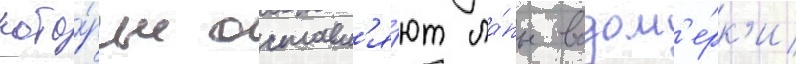
кото́рые оставл'я́ют ла́пы водом'е́рк'и